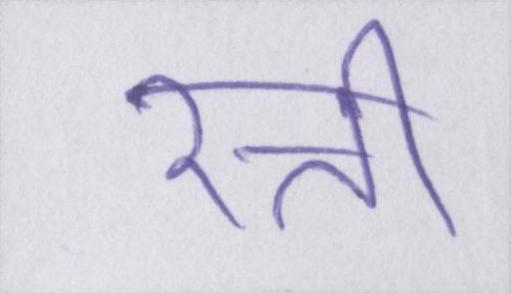
रत्ती